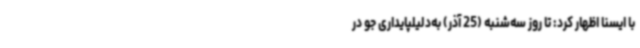
با ایسنا اظهار کرد: تا روز سه‌شنبه (25 آذر) به‌دلیلپایداری جو در